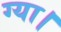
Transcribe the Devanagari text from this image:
ग्या।